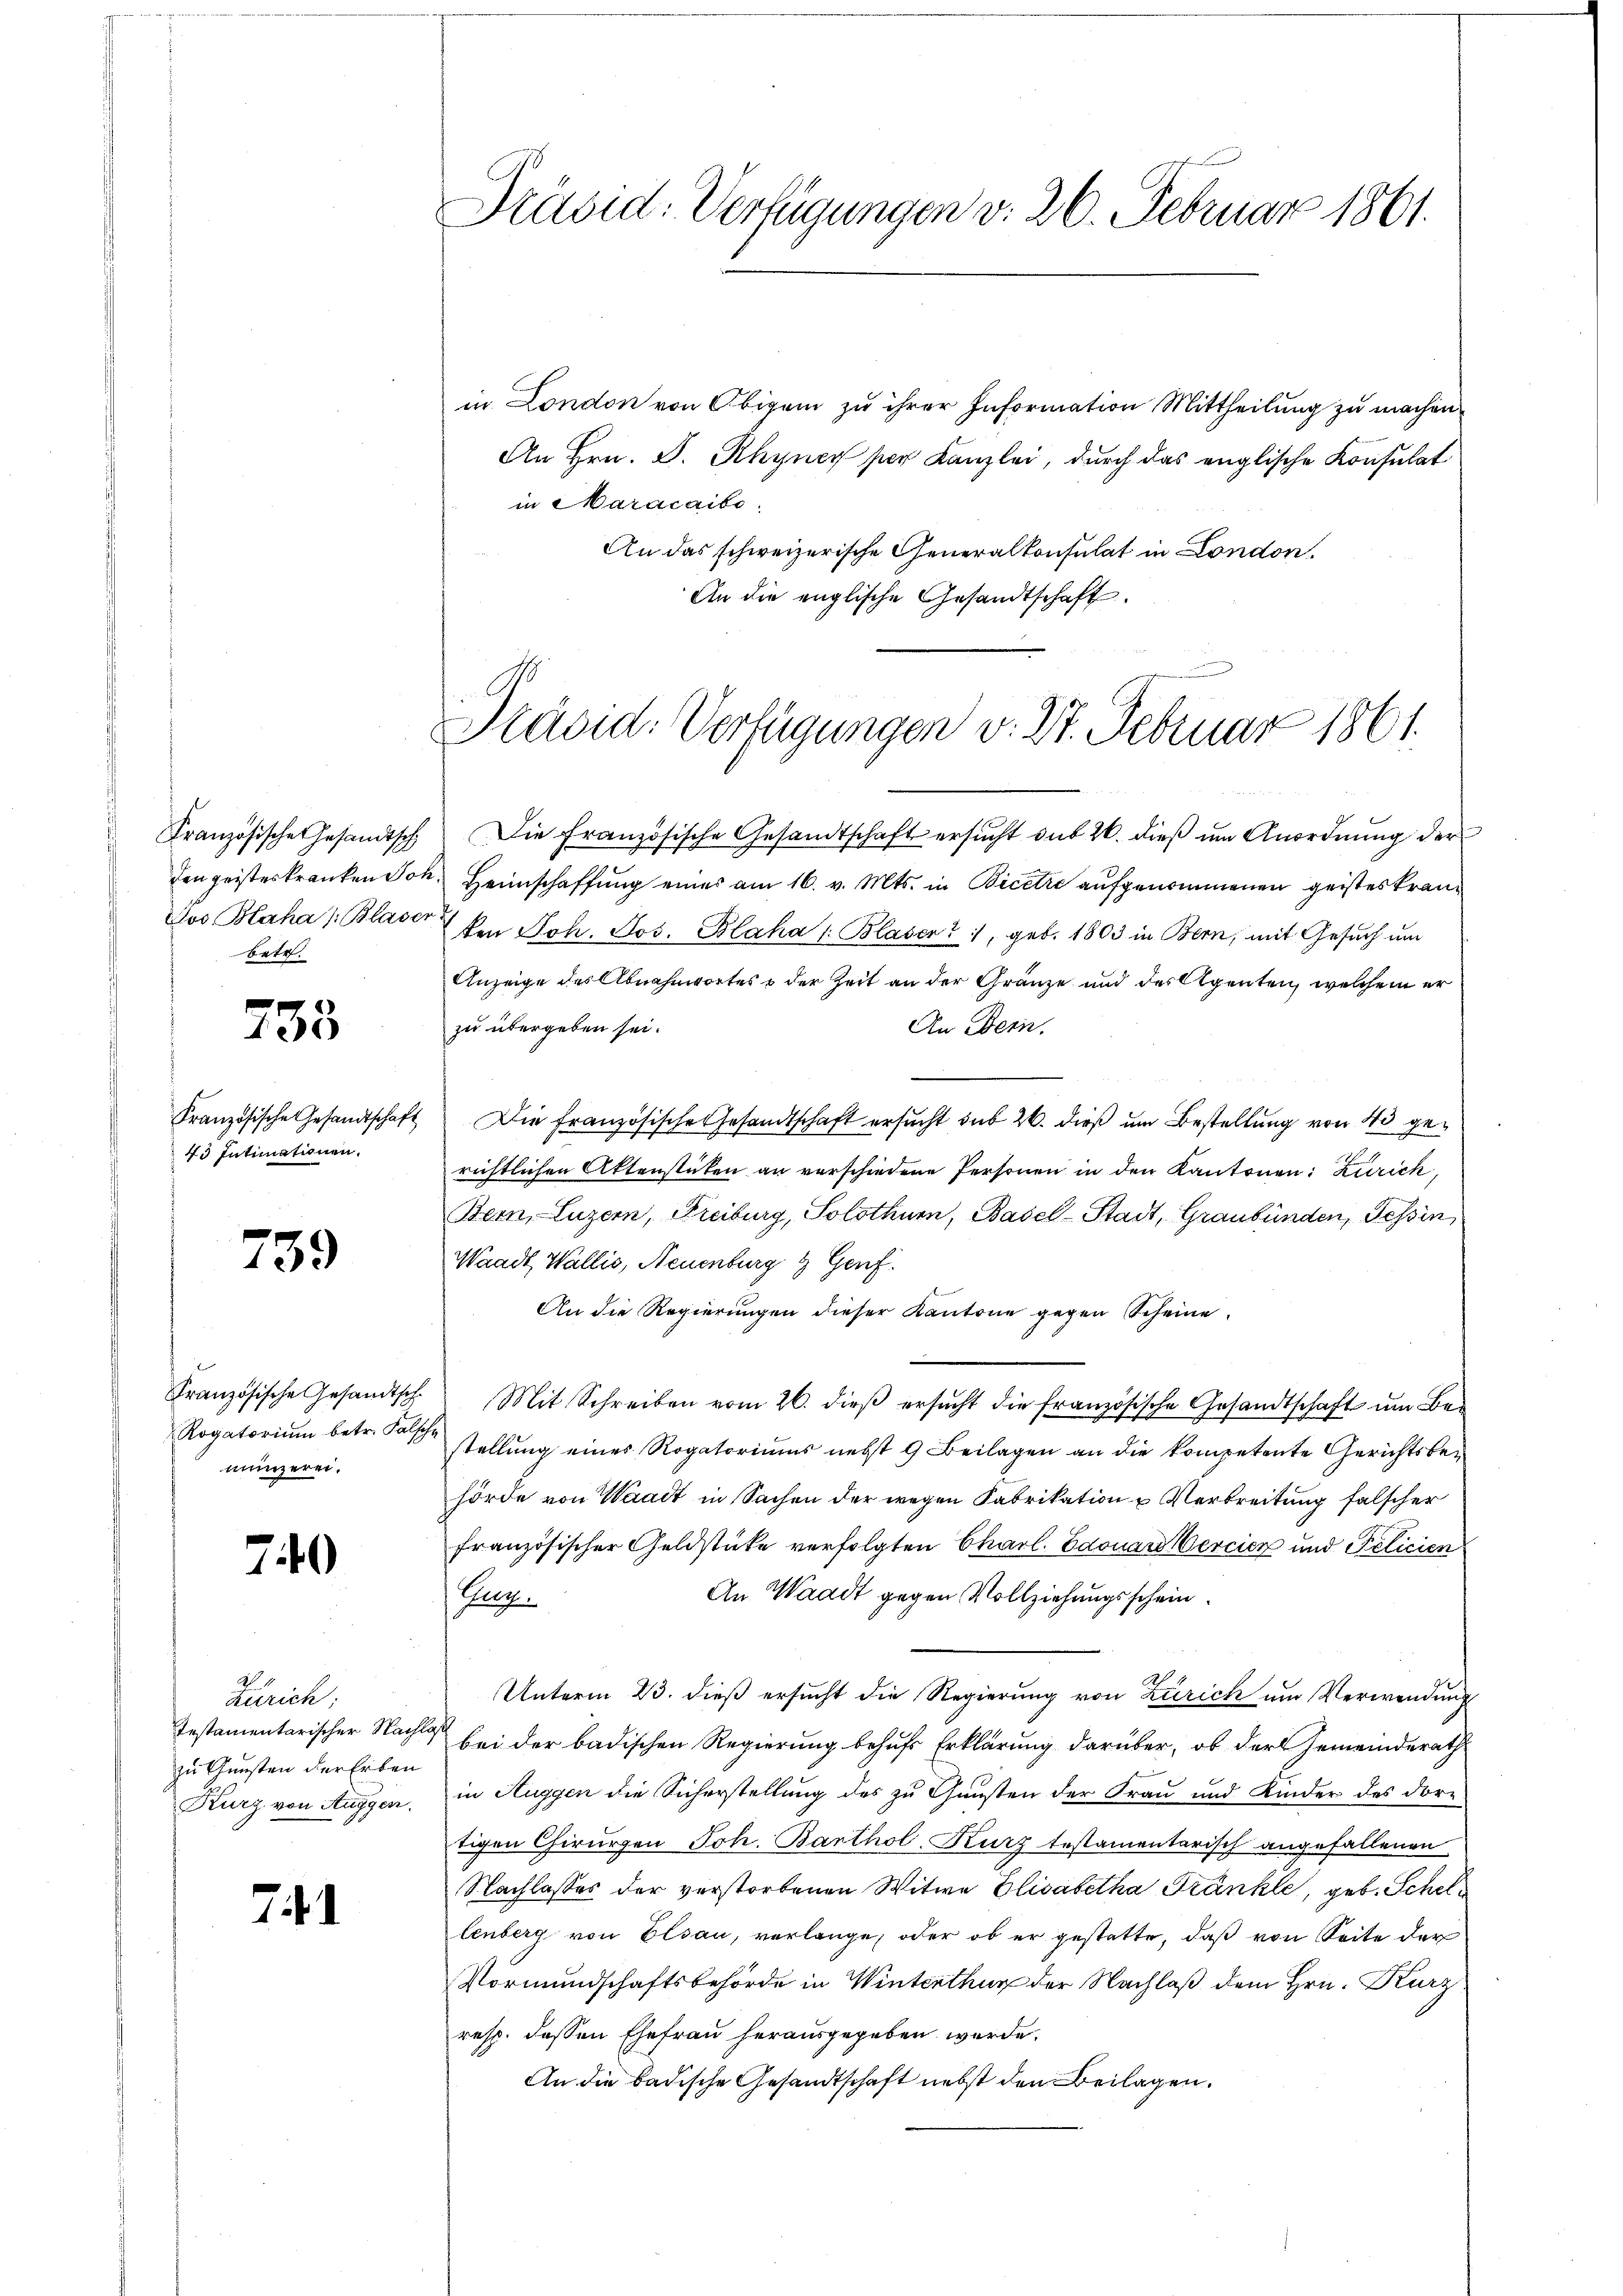
betr.

733

Französische Gesandtschaft
43 Intimationen.

739

Rogatorium betr. Fall
munzerei.

740

Zürich:
Testamentarischer Nachlaß
zu Gunsten der Erben

74

in London von Obigem zu ihrer Information Mittheilung zu machen.
An Hrn. J. Rhyner per Kanzlei, durch das englische Konsulat
in Maracaito.
An das schweizerische Generalkonsulat in London.
An die englische Gesandtschaft.

Präsid: Verfügungen v. 26. Februar 1861.

Präsid. Verfügungen v. 27. Februar 1861.

Französische Gesandtsch die französische Gesandtschaft ersŭcht das 20. dieβ ŭm Anordnŭng der
den geisteskranken Joh. Heimschaffung eines am 16. v. Mts. in Bicere aufgenommenen geisteskran¬
Pos Blaha /: Blaser von Joh. Jos. Blaha /: Blasen, geb. 1803 in Bern, mit Gesuch um
Anzeige des Abnahnortes & der Zeit an der Gränze und des legenten, welchem er
zu übergeben sei.
An Bern.
" Die Französische Gesandtschaft ersucht sub 20. dieß um Bestellung von 40 gerichtlichen Aktenstücken an verschiedene Personen in den Kantonen: Zürich,
Bern, Luzern, Freiburg, Solothurn, Basel-Stadt, Graubünden, Tessin,
Waadt, Wallis, Neuenburg & Genf.
An die Regierungen dieser Kantone gegen Scheine
Französische Gesandtsch. Mit Schreiben vom 26. dieβ ersŭcht die französische Gesandtschaft ŭm Be-
 stellung eines Rogatoriums nebst 9 Beilagen an die kompetente Gerichtsbehörde von Waadt in Sachen der wegen Fabrikation u Verbreitung falscher
französischer Geldstücke verfolgten Charl. Edouard Percier und Policien
An Waadt gegen Vollziehungsschein
Pag.
Unterm 23. dieß ersucht die Regierung von Zürich um Verwendung
bei der badischen Regierung behufs Erklärung darüber, ob der Gemeinderath
Kurz von Auggen, in Auggen die Sicherstellung des zu Gunsten der Frau und Kinder des dortigen Chirurgen Joh. Barthol. Kurz testamentarisch angefallenen
Nachlasses der verstorbenen Witwe Elisabetha Fränkle, geb. Schellenberg von Elsau, verlange, oder ob er gestatte, daß von Seite der
Vormundschaftsbehörde in Winterthur der Nachlaß dem Hrn. Kurz
resp. dessen Ehefrau herausgegeben wurde.
An die badische Gesandtschaft nebst den Beilagen.